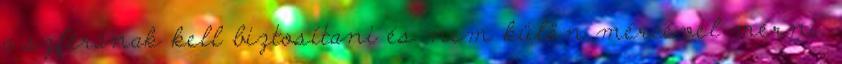
a szférának kell biztosítani és nem külön mércével mérni,